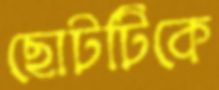
ছোটটিকে